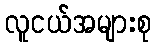
လူငယ်အများစု